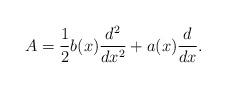
LaTeX: \begin{align*}A=\frac{1}{2}b(x)\frac{d^2}{dx^2}+a(x)\frac{d}{dx}.\end{align*}